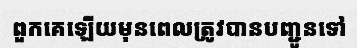
ពួកគេឡើយមុនពេលត្រូវបានបញ្ជូនទៅ